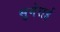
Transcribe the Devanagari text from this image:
सुमेराई